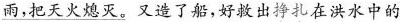
\underline{雨，把天火熄灭。} 又造了船，好救出挣扎在洪水中的